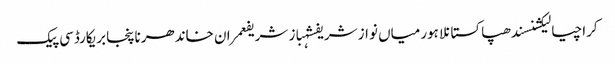
کراچیالیکشنسندھپاکستانلاہورمیاں نواز شریفشہباز شریفعمران خاندھرناپنجابریکارڈسی پیک